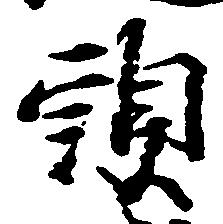
頭